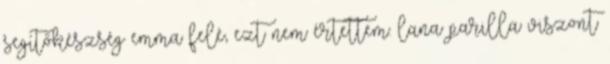
segítőkészség emma felé, ezt nem értettem. lana parilla viszont